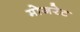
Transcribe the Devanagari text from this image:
मोजरेट